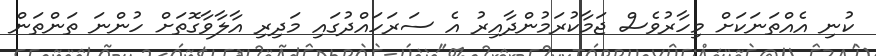
ކުނި އެއްތަނަކަށް މިހާރުވެސް ޖަމާކުރަމުންދާއިރު އެ ސަރަހައްދުގައި މަދިރި އާލާވާގޮތަށް ހުންނަ ތަންތަން